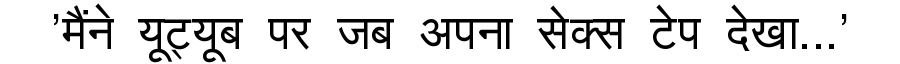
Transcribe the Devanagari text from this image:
'मैंने यूट्यूब पर जब अपना सेक्स टेप देखा...'